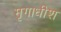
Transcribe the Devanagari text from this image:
मृगाधीश